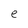
Character: e